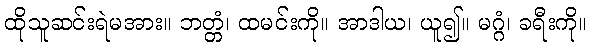
ထိုသူဆင်းရဲမအား။ ဘတ္တံ၊ ထမင်းကို။ အာဒါယ၊ ယူ၍။ မဂ္ဂံ၊ ခရီးကို။